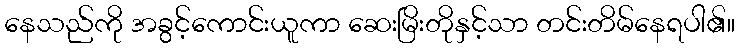
နေသည်ကို အခွင့်ကောင်းယူကာ ဆေးမြိးတိုနှင့်သာ တင်းတိမ်နေရပါ၏။